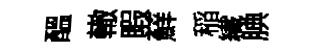
醖轍睱蘚稲纎腆